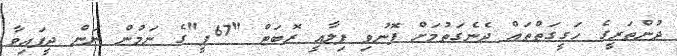
ދުންތަރީގެ ހަގީގަތްތައް ދެނެގަތުމަށް ފޮނުވި ފިލާއީ ރޮބަޓް "67ޕީ"ގެ ނަމުން ނަން ދީފައިވާ